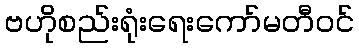
ဗဟိုစည်းရုံးရေးကော်မတီဝင်